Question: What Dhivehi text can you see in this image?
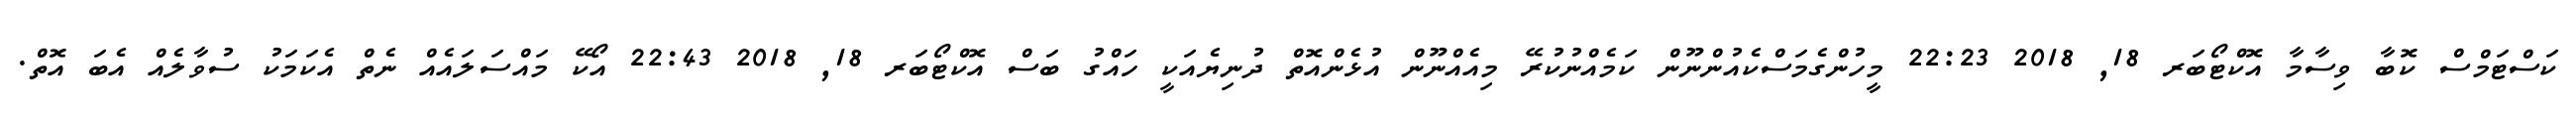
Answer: ކަސްޓަމްސް ކޮބާ ވިސާމާ އޮކްޓޯބަރ 18, 2018 22:23 މީހުންގެމަސްކެއުންނޫން ކަމެއްނުކުރޭ މިއެއްނޫން އުޅެންއޮތް ދުނިޔެއަކީ ހައްގު ބަސް އޮކްޓޯބަރ 18, 2018 22:43 އޯކޭ މައްސަލައެއް ނެތް އެކަމަކު ސުވާލެއް އެބަ އޮތް.